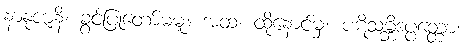
နာနုဇာနိ၊ ခွင့်ပြုတော်မမူ။ အထ၊ ထိုနောင်မှ။ ပဋိသမ္ဘိဒပ္ပတ္တော၊